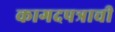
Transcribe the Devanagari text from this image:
कागदपत्राची